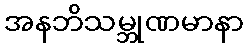
အနဘိသမ္ဘုဏမာနာ